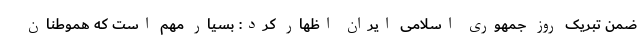
ضمن تبریک روز جمهوری اسلامی ایران اظهار کرد: بسیار مهم است که هموطنان